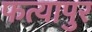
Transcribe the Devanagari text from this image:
फत्यापुर